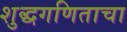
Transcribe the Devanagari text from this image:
शुद्धगणिताचा